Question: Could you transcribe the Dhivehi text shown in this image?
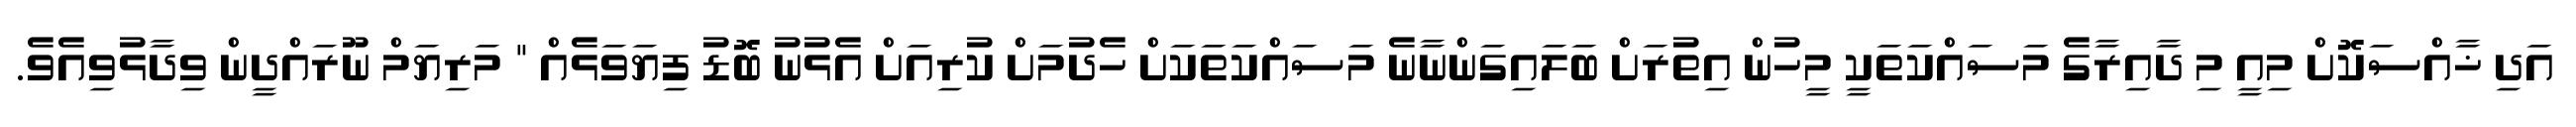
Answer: އަދި ޚާއްސަކޮށް މިއީ މި ދާއިރާގެ މަސައްކަތަކީ މީހުން އިތުރަށް ބަލައިގަންނާނެ މަސައްކަތަކަށް ހެދުމަށް ކުރިއަށް އެޅުނު ބޮޑު ފިޔަވަޅެއް " މަރިޔަމް ނޫރައްދީން ވިދާޅުވިއެވެ.